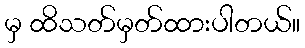
မှ ထိသတ်မှတ်ထားပါတယ်။